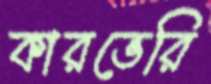
কারভেরি